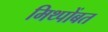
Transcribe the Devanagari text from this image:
मिथ्पोंबत